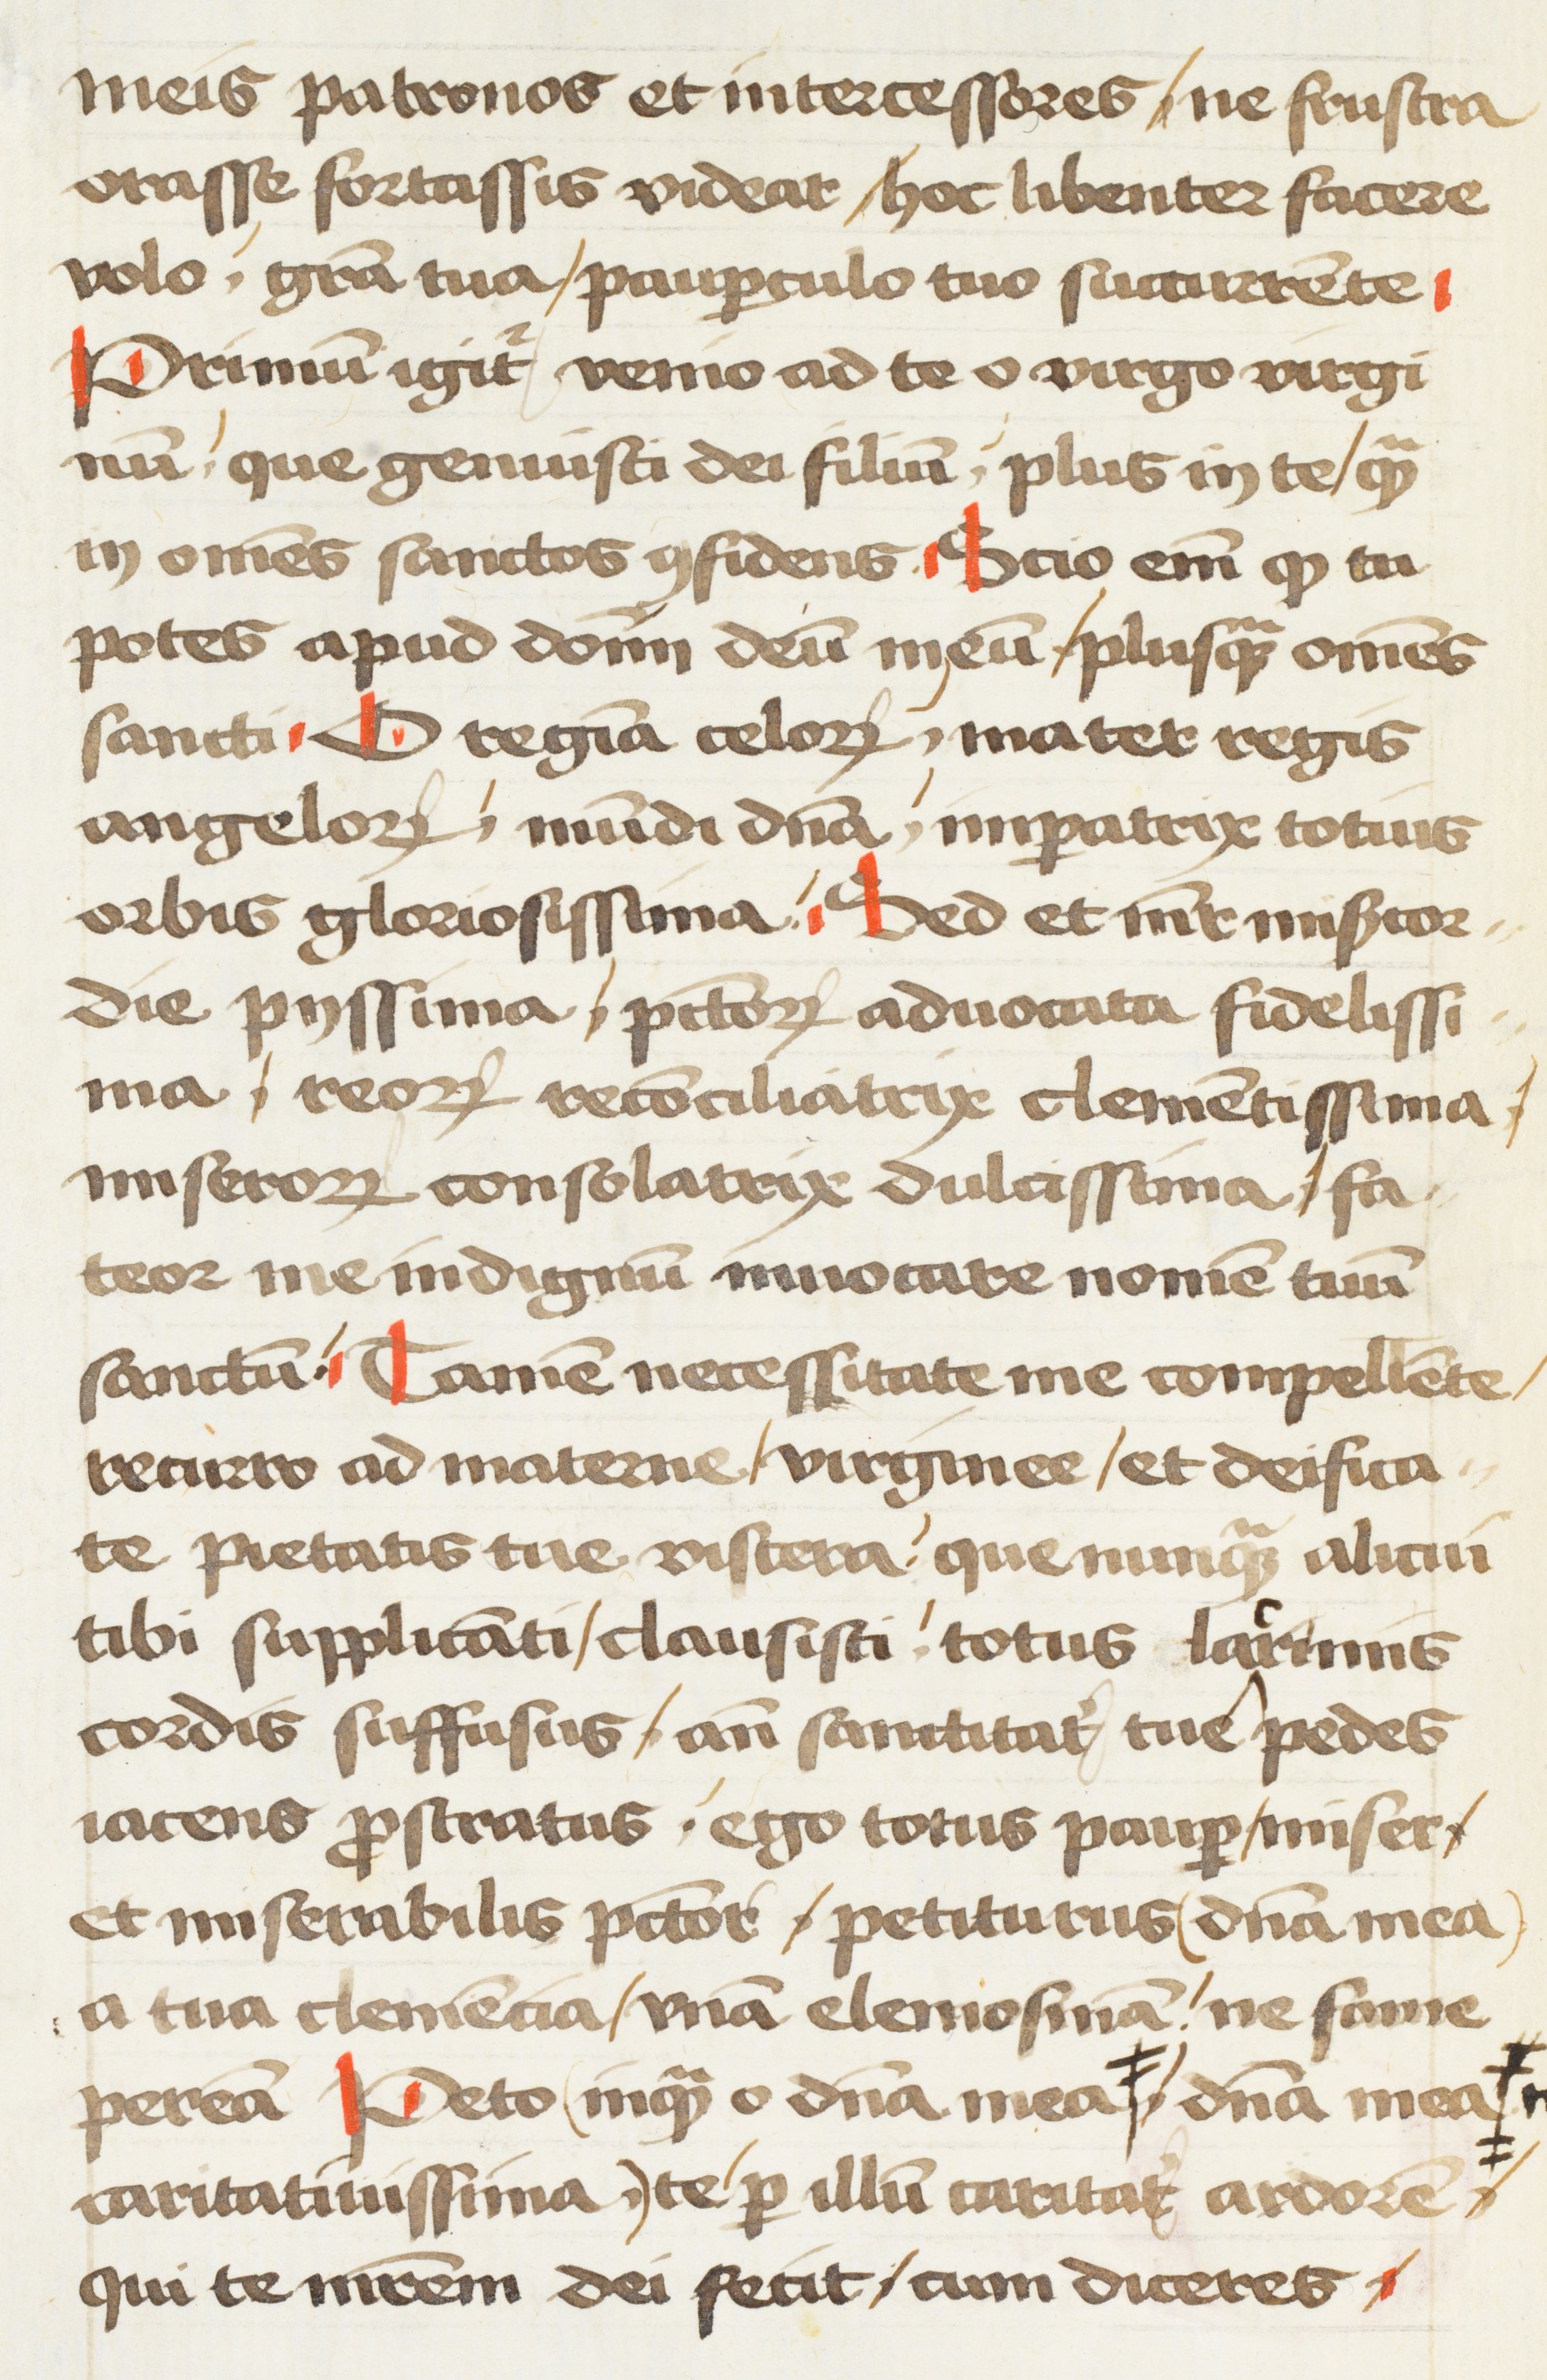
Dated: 1472–1472